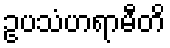
ဥပသံဟရာမီတိ